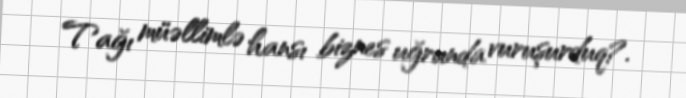
Tağı müəllimlə hansı biznes uğrunda vuruşurduq?.